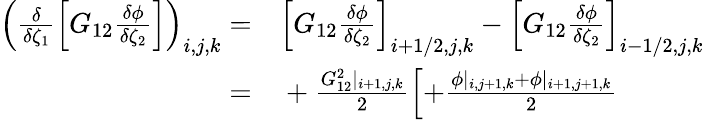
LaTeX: \begin{array}{rl}{\left(\frac{\delta}{\delta\zeta_{1}}\left[G_{12}\frac{\delta\phi}{\delta\zeta_{2}}\right]\right)_{i,j,k}=}&{{}\left[G_{12}\frac{\delta\phi}{\delta\zeta_{2}}\right]_{i+1/2,j,k}-\left[G_{12}\frac{\delta\phi}{\delta\zeta_{2}}\right]_{i-1/2,j,k}}\\ {=}&{{}+\frac{G_{12}^{2}|_{i+1,j,k}}{2}\left[+\frac{\phi|_{i,j+1,k}+\phi|_{i+1,j+1,k}}{2}\right.}\end{array}